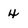
Character: 4